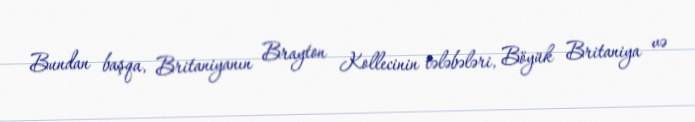
Bundan başqa, Britaniyanın Brayton Kollecinin tələbələri, Böyük Britaniya və